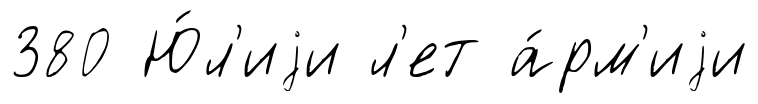
380 Ю́л'иjи л'ет а́рм'иjи